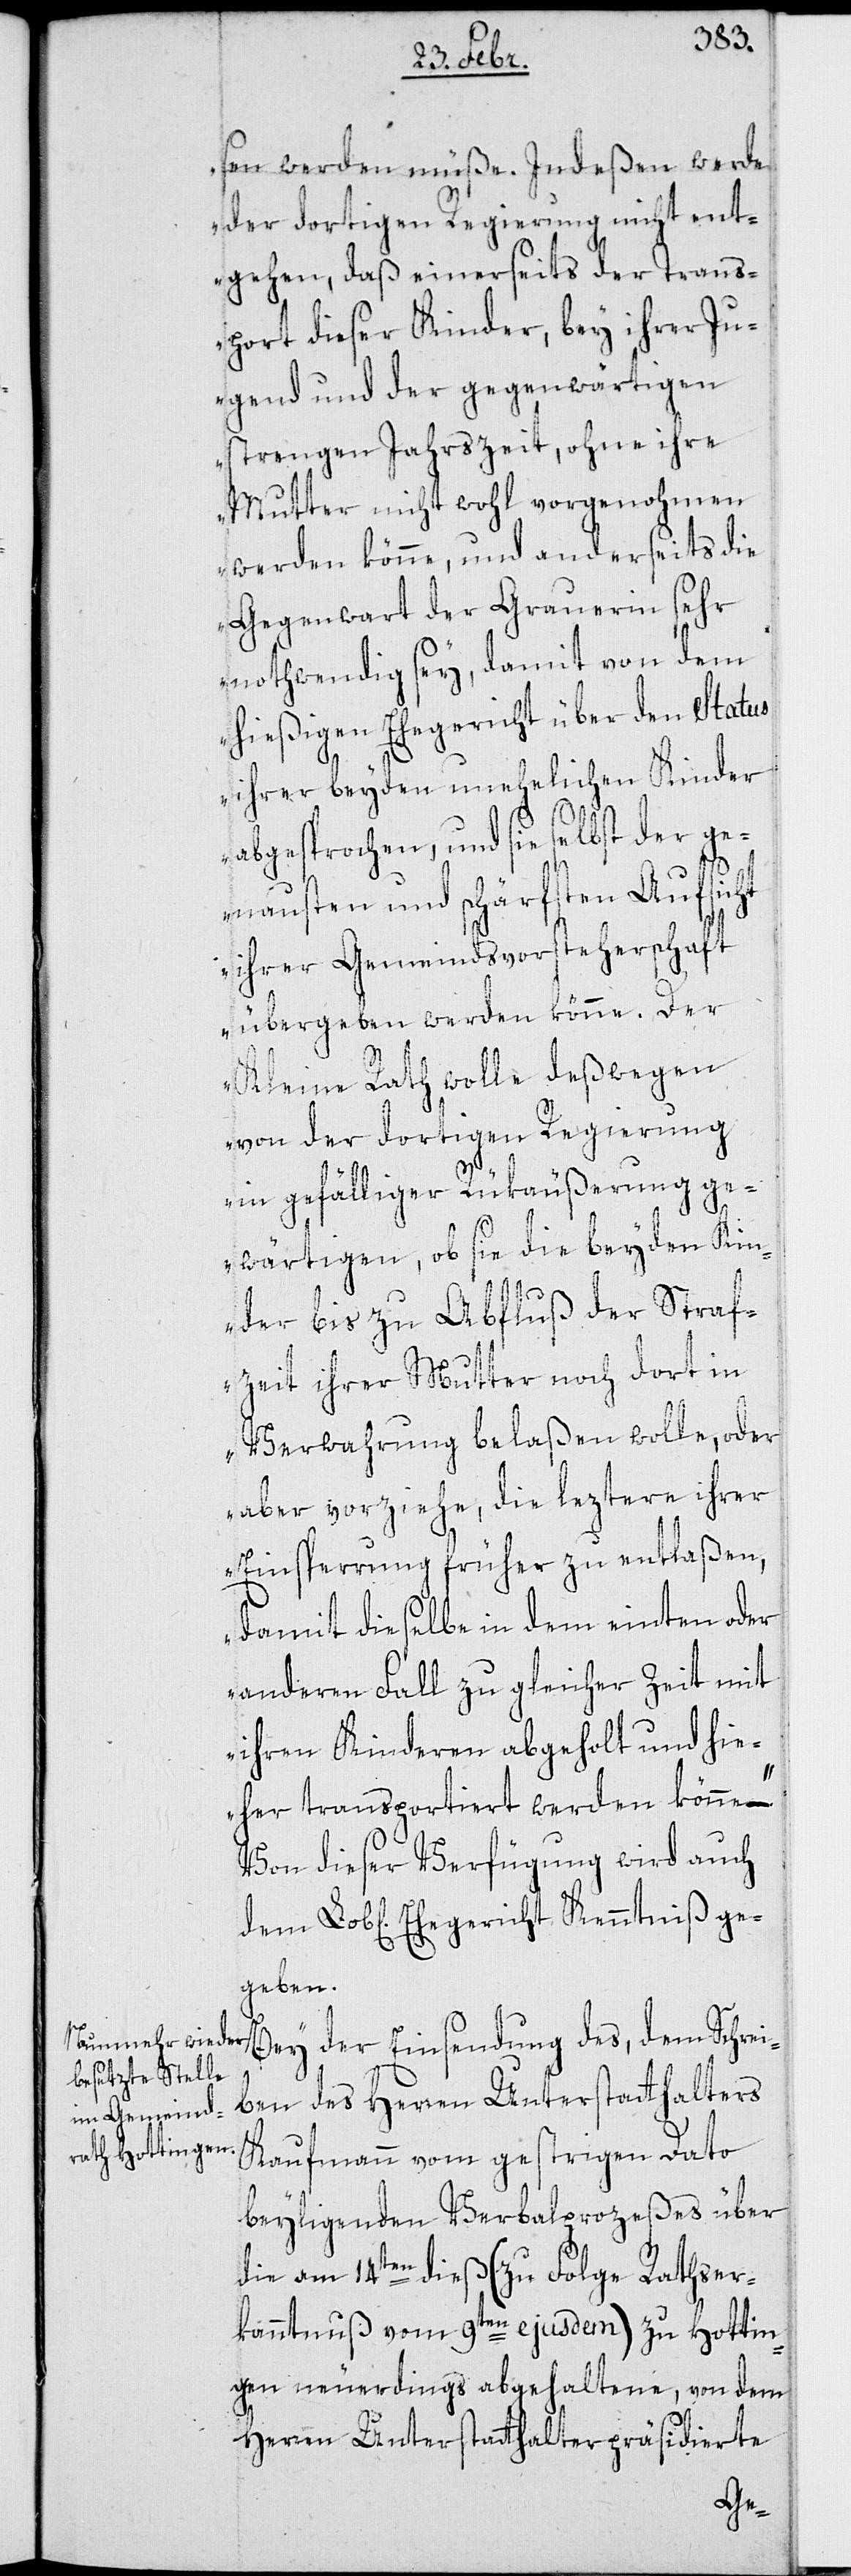
Lob[lic¬
sen werden müße. Indeßen werde
der dortigen Regierung nicht ent¬
gehen, daß einerseits der Trans¬
port dieser Kinder, bey ihrer Ju¬
gend und der gegenwärtigen
strengen Jahrszeit, ohne ihre
Mutter nicht wohl vorgenohmen
werden könne, und anderseits die
Gegenwart der Grauerin sehr
nothwendig sey, damit von dem
hießigen Ehegericht über den Status
ihrer beyden unehelichen Kinder
abgesprochen, und sie selbst der ge¬
nauesten und schärfsten Aufsicht
ihrer Gemeindsvorsteherschaft
übergeben werden könne. Der
Kleine Rath wolle deßwegen
von der dortigen Regierung
in gefälliger Rükäußerung ge¬
wärtigen, ob sie die beyden Kin¬
der bis zu Abfluß der Straf¬
zeit ihrer Mutter noch dort in
Verwahrung belaßen wolle, oder
aber vorziehe, die leztere ihrer
Einsperrung früher zu entlaßen,
damit dießelbe in dem einten oder
anderen Fall zu gleicher Zeit mit
ihren Kinderen abgeholt und hie¬
her transportiert werden könne.“
Von dieser Verfügung wird auch
hen] Ehegericht Kenntniß ge¬
geben.
Bey der Einsendung des, dem Schrei¬
ben des Herren Unterstatthalters
Kaufmann vom gestrigen Dato
beyliegenden Verbalprozeßes über
die am 14ten dieß (zu Folge Rathser¬
kanntnuß vom 9ten ejusdem) zu Hottin¬
gen neuerdings abgehaltene, von dem
Herren Unterstatthalter präsidierte